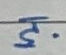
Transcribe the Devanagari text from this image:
५.